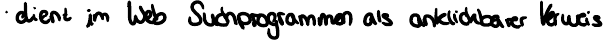
dient im Web Suchprogrammen als anklickbarer Verweis